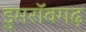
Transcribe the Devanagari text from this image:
डुमरॉवगढ़